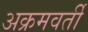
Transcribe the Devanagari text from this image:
अक्रमवर्ती